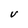
Character: V